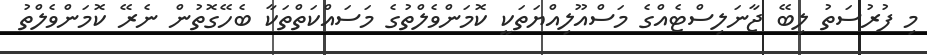
މި ފުރުސަތު ލިބޭ ޖާނަލިސްޓެއްގެ މަސްއޫލިއްޔަތަކީ ކޮމަންވެލްތުގެ މަސައްކަތްތަކާ ބެހޭގޮތުން ނެރޭ ކޮމަންވެލްތު